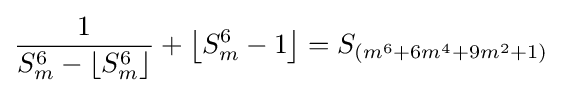
{1 \over {S_{m}^{6}-\left\lfloor S_{m}^{6}\right\rfloor }}+\left\lfloor S_{m}^{6}-1\right\rfloor =S_{\left(m^{6}+6m^{4}+9m^{2}+1\right)}